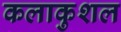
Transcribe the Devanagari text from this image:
कलाकुशल